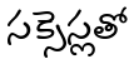
సక్సెస్లతో